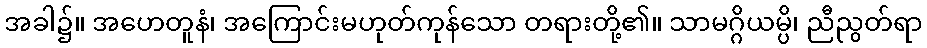
အခါ၌။ အဟေတူနံ၊ အကြောင်းမဟုတ်ကုန်သော တရားတို့၏။ သာမဂ္ဂိယမ္ပိ၊ ညီညွတ်ရာ